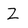
Character: Z